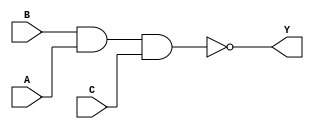
module sky130_fd_sc_hvl__nand3 (
    Y,
    A,
    B,
    C
);

    // Module ports
    output Y;
    input  A;
    input  B;
    input  C;

    // Module supplies
    supply1 VPWR;
    supply0 VGND;
    supply1 VPB ;
    supply0 VNB ;

    // Local signals
    wire nand0_out_Y;

    //   Name   Output       Other arguments
    nand nand0 (nand0_out_Y, B, A, C        );
    buf  buf0  (Y          , nand0_out_Y    );

endmodule